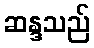
ဆန္ဒသည်